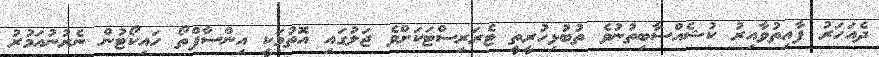
ދެއަހަރު ފާއިތުވާއިރު ކުޝެއްސާބިތުނުވެ ތުބުޅިހުރީތީ ޓެރަރިސްޓަކަށްވެ ޖަލުގައި އޮތުމަކީ އިންސާފްތޯ ހައިކޯޓުން ނެރުނުއަމުރު